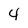
Character: 4